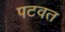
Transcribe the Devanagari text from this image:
पटवत